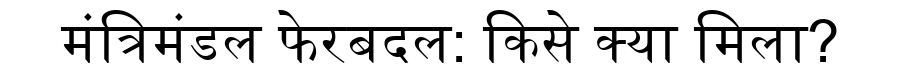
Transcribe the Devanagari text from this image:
मंत्रिमंडल फेरबदल: किसे क्या मिला?